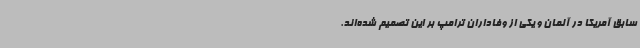
سابق آمریکا در آلمان و یکی از وفاداران ترامپ بر این تصمیم شده‌اند.